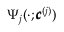
\Psi _ { j } ( \cdot ; \pmb { c } ^ { ( j ) } )